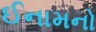
ઈનામનો